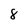
Character: 8